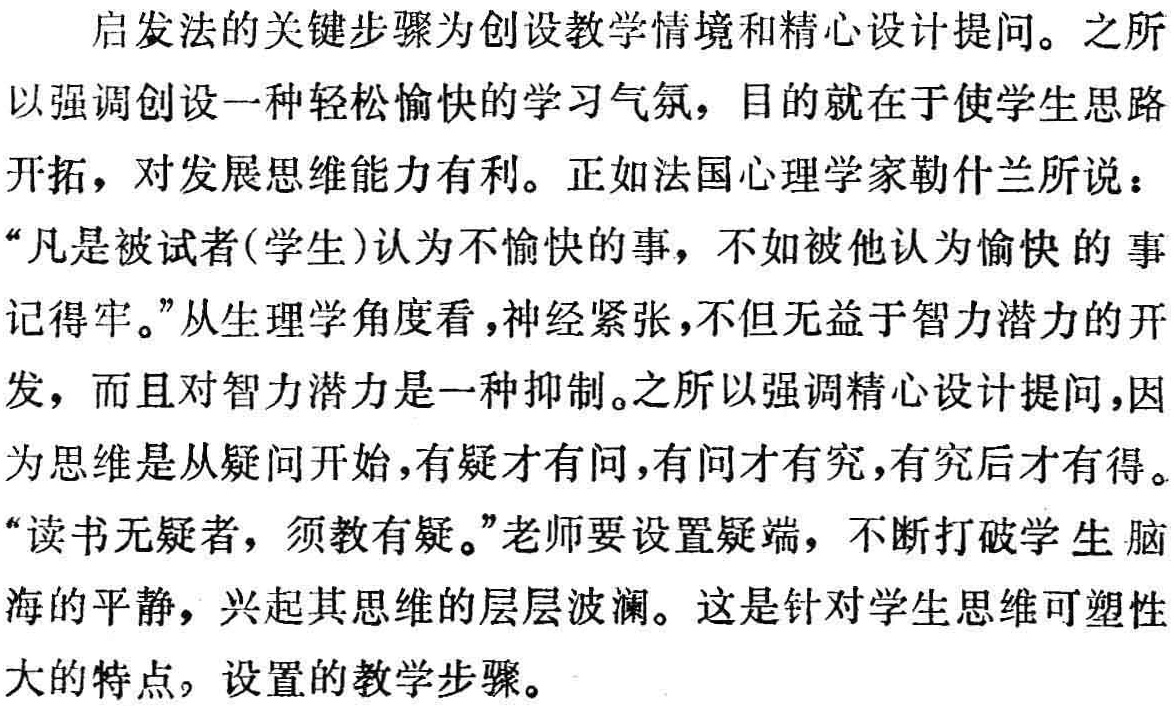
启发法的关键步骤为创设教学情境和精心设计提问。之所以强调创设一种轻松愉快的学习气氛，目的就在于使学生思路开拓，对发展思维能力有利。正如法国心理学家勒什兰所说：“凡是被试者(学生)认为不愉快的事，不如被他认为愉快的事记得牢。”从生理学角度看，神经紧张，不但无益于智力潜力的开发，而且对智力潜力是一种抑制。之所以强调精心设计提问，因为思维是从疑问开始，有疑才有问，有问才有究，有究后才有得。“读书无疑者，须教有疑。”老师要设置疑端，不断打破学生脑海的平静，兴起其思维的层层波澜。这是针对学生思维可塑性大的特点，设置的教学步骤。